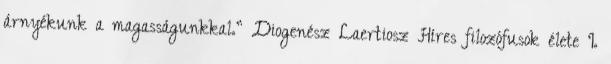
árnyékunk a magasságunkkal.” Diogenész Laertiosz Híres filozófusok élete I.